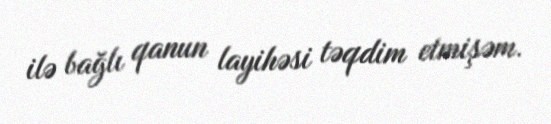
ilə bağlı qanun layihəsi təqdim etmişəm.